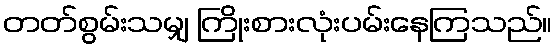
တတ်စွမ်းသမျှ ကြိုးစားလုံးပမ်းနေကြသည်။